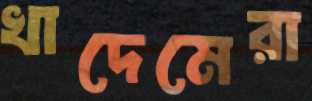
খাদেমেরা